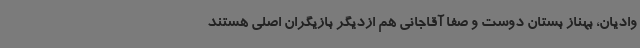
وادیان، بهناز بستان دوست و صفا آقاجانی هم ازدیگر بازیگران اصلی هستند